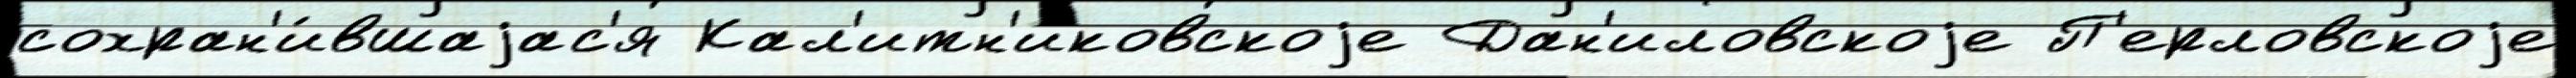
сохран'и́вшаjас'я Кал'итн'иковскоjе Дан'иловскоjе П'ерловскоjе